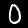
Label: 0